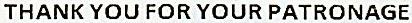
THANK YOU FOR YOUR PATRONAGE